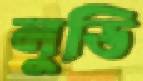
লুডি